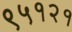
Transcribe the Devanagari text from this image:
९५१२१